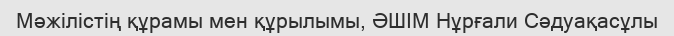
Мәжілістің құрамы мен құрылымы, ӘШІМ Нұрғали Сәдуақасұлы